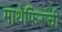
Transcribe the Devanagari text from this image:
माथेफिरूंची